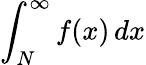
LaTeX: \int_{N}^{\infty}f(x)\, dx